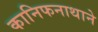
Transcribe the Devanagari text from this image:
कानिफनाथाने